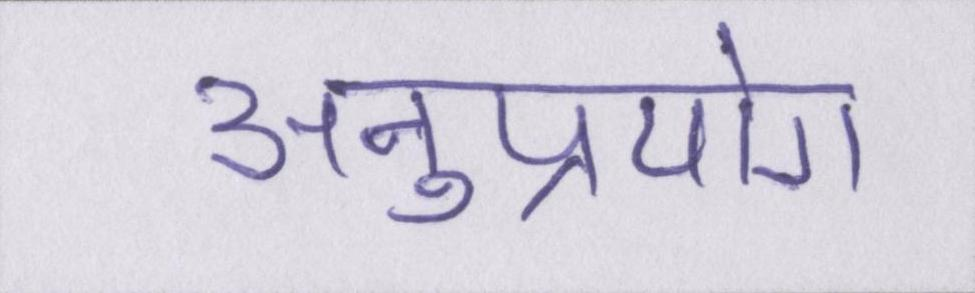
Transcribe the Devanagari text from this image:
अनुप्रयोग